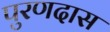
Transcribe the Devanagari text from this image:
पुरणदास